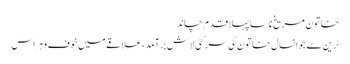
خاتون مریخ ناسا پہلا قدم چاند
ٹرین سے جوانسال خاتون کی سر کٹی لاش برآمد، علاقے میں خوف و ہراس